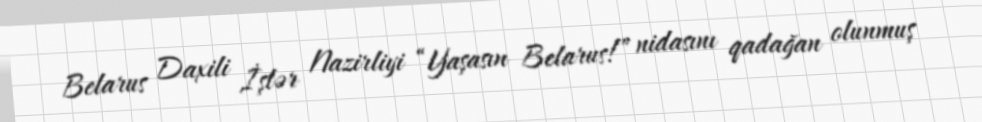
Belarus Daxili İşlər Nazirliyi “Yaşasın Belarus!” nidasını qadağan olunmuş